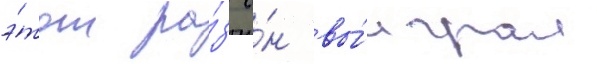
э́тот ра́з о́н вы́играл